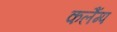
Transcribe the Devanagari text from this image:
कलैंम्प